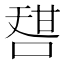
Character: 𠷱